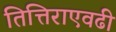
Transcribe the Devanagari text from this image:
तित्तिराएवढी